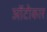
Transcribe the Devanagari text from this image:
ऑटोकार